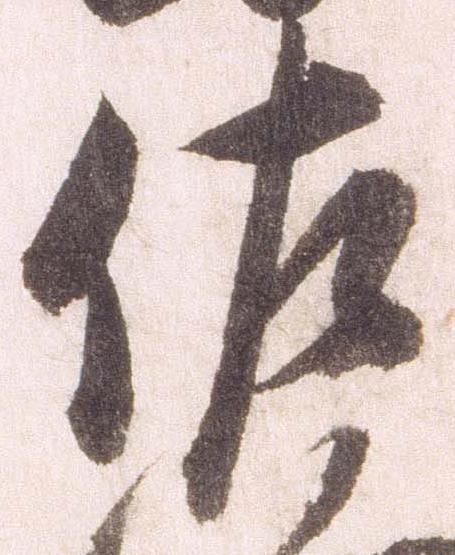
佐